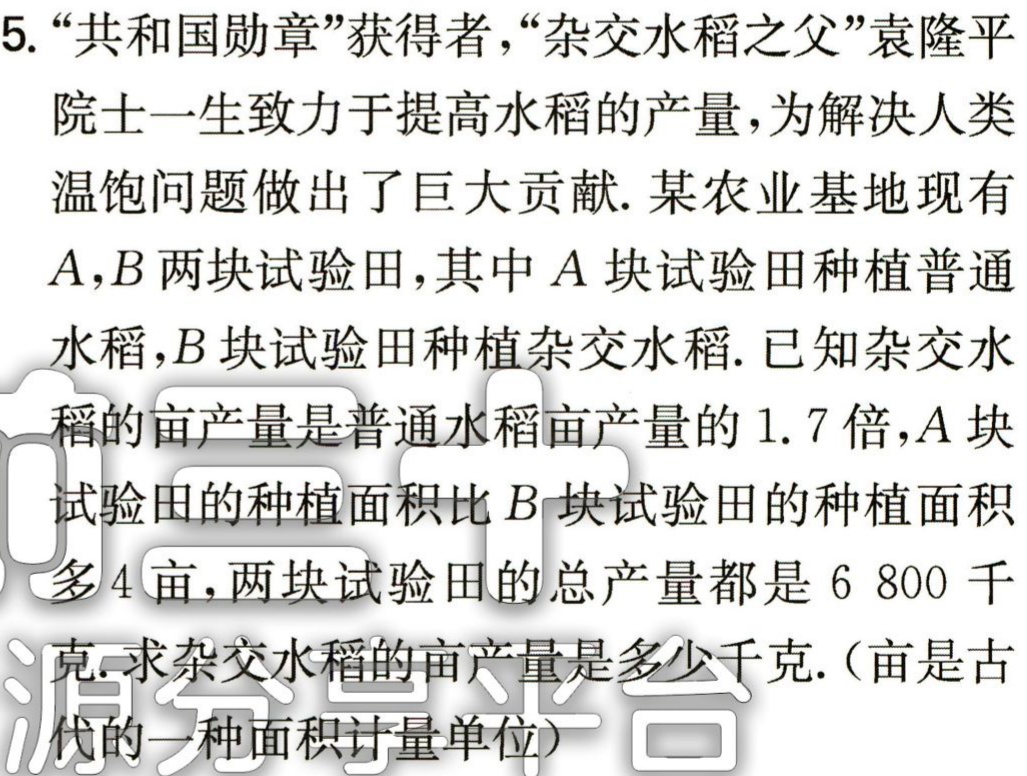
5. “共和国勋章”获得者，“杂交水稻之父”袁隆平

院士一生致力于提高水稻的产量，为解决人类

温饱问题做出了巨大贡献. 某农业基地现有

\(A,B\)两块试验田，其中\(A\)块试验田种植普通

水稻，\(B\)块试验田种植杂交水稻. 已知杂交水

稻的亩产量是普通水稻亩产量的\(1.7\)倍，\(A\)块

试验田的种植面积比\(B\)块试验田的种植面积

多\(4\)亩，两块试验田的总产量都是\(6 800\)千

克. 求杂交水稻的亩产量是多少千克.（亩是古

代的一种面积计量单位）